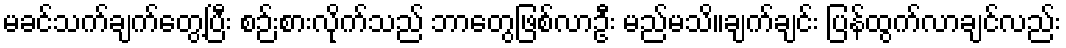
မခင်သက်ချက်တွေ့ပြီး စဉ်းစားလိုက်သည် ဘာတွေဖြစ်လာဦး မည်မသိ။ချက်ချင်း ပြန်ထွက်လာချင်လည်း